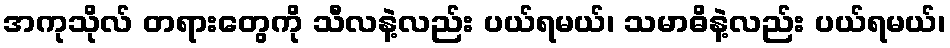
အကုသိုလ် တရားတွေကို သီလနဲ့လည်း ပယ်ရမယ်၊ သမာဓိနဲ့လည်း ပယ်ရမယ်၊